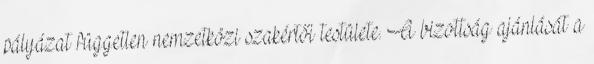
pályázat független nemzetközi szakértői testülete. A bizottság ajánlását a